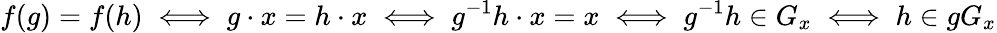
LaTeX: f(g)=f(h)\iff g\cdot x=h\cdot x\iff g^{-1}h\cdot x=x\iff g^{-1}h\in G_{x}\iff h\in gG_{x}